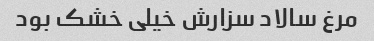
مرغ سالاد سزارش خیلی خشک بود